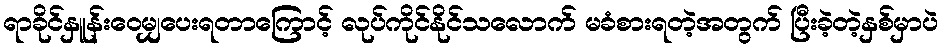
ရာခိုင်နှူန်းဝေမျှပေးရတာကြောင့် လုပ်ကိုင်နိုင်သလောက် မခံစားရတဲ့အတွက် ပြီးခဲ့တဲ့နှစ်မှာပဲ